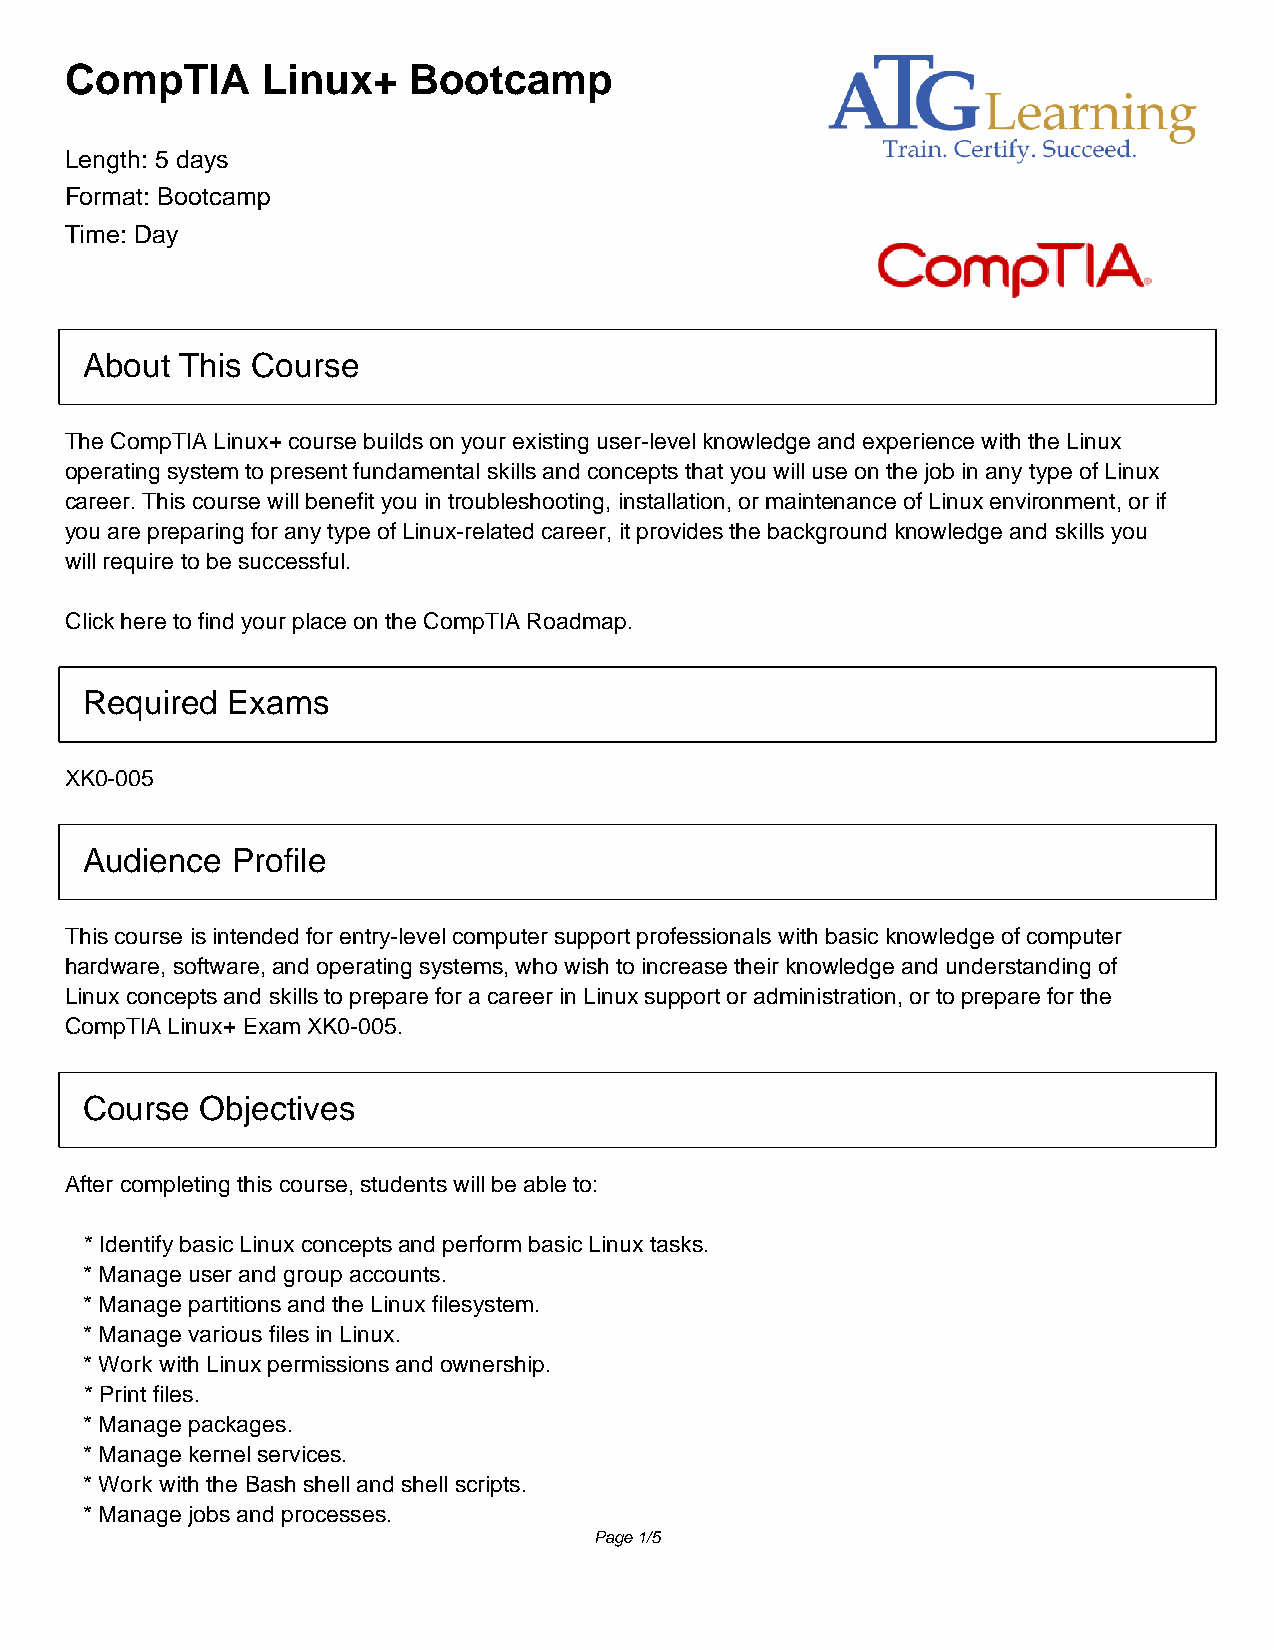
CompTIA      Linux+    Bootcamp
 Length: 5 days
 Format: Bootcamp
 Time: Day
 About This Course
 The CompTIA Linux+ course builds on your existing user-level knowledge and experience with the Linux
 operating system to present fundamental skills and concepts that you will use on the job in any type of Linux
 career. This course will benefit you in troubleshooting, installation, or maintenance of Linux environment, or if
 you are preparing for any type of Linux-related career, it provides the background knowledge and skills you
 will require to be successful.
 Click here to find your place on the CompTIA Roadmap.
 Required Exams
 XK0-005
 Audience Profile
 This course is intended for entry-level computer support professionals with basic knowledge of computer
 hardware, software, and operating systems, who wish to increase their knowledge and understanding of
 Linux concepts and skills to prepare for a career in Linux support or administration, or to prepare for the
 CompTIA Linux+ Exam XK0-005.
 Course Objectives
 After completing this course, students will be able to:
 * Identify basic Linux concepts and perform basic Linux tasks.
 * Manage user and group accounts.
 * Manage partitions and the Linux filesystem.
 * Manage various files in Linux.
 * Work with Linux permissions and ownership.
 * Print files.
 * Manage packages.
 * Manage kernel services.
 * Work with the Bash shell and shell scripts.
 * Manage jobs and processes.
 Page 1/5